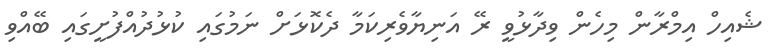
ޝެއިހް އިމްރާން މިހެން ވިދާޅުވީ ރޭ އަނިޔާވެރިކަމާ ދެކޮޅަށް ނަމުގައި ކުޅުދުއްފުށީގައި ބޭއްވި